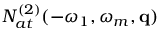
{ \cal N } _ { a t } ^ { ( 2 ) } ( - \omega _ { 1 } , \omega _ { m } , \mathbf { q } )